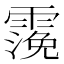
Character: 𩄬